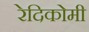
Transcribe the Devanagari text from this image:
रेदिकोमी